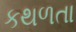
કથળતા